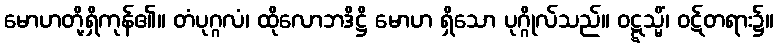
မောဟတို့ရှိကုန်၏။ တံပုဂ္ဂလံ၊ ထိုလောဘဒိဋ္ဌိ မောဟ ရှိသော ပုဂ္ဂိုလ်သည်။ ဝဋ္ဋသ္မိံ၊ ဝဋ်တရား၌။